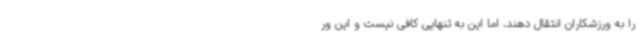
را به ورزشکاران انتقال دهند، اما این به تنهایی کافی نیست و این ور